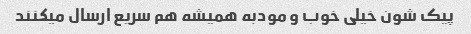
پیک شون خیلی خوب و مودبه همیشه هم سریع ارسال میکنند